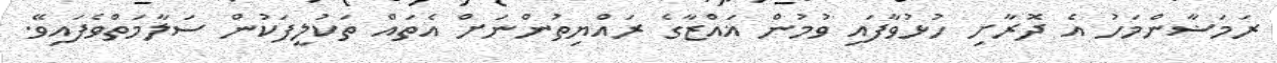
ރަމަޟާންމަހު އެ ދޮރާށި ހުޅުވާފައި ވުމުން ޣައްޒާގެ ރައްޔިތުންނަށް އެތައް ތަކުލީފަކުން ސަލާމަތްވެފައިވޭ.